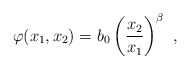
\begin{align*}\varphi(x_1,x_2)=b_0\left({x_2\over x_1}\right)^{\beta}\ ,\end{align*}